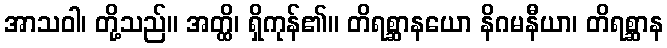
အာသဝါ၊ တို့သည်။ အတ္ထိ၊ ရှိကုန်၏။ တိရစ္ဆာနယော နိဂမနီယာ၊ တိရစ္ဆာန